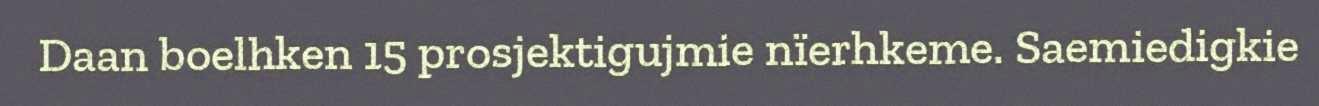
Daan boelhken 15 prosjektigujmie nïerhkeme. Saemiedigkie